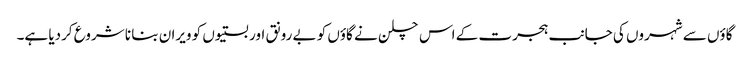
گاؤں سے شہروں کی جانب ہجرت کے اس چلن نے گاؤں کو بے رونق اور بستیوں کو ویران بنا نا شروع کردیا ہے۔